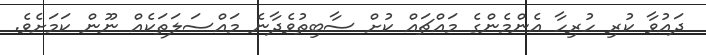
ދައުވާ ކުރި ހުރިހާ އެންމެންގެ މައްޗައް ކުށް ސާބިތުވެދާނެ މައްސަލަތަކެއް ނޫން ކަމަށެވެ.